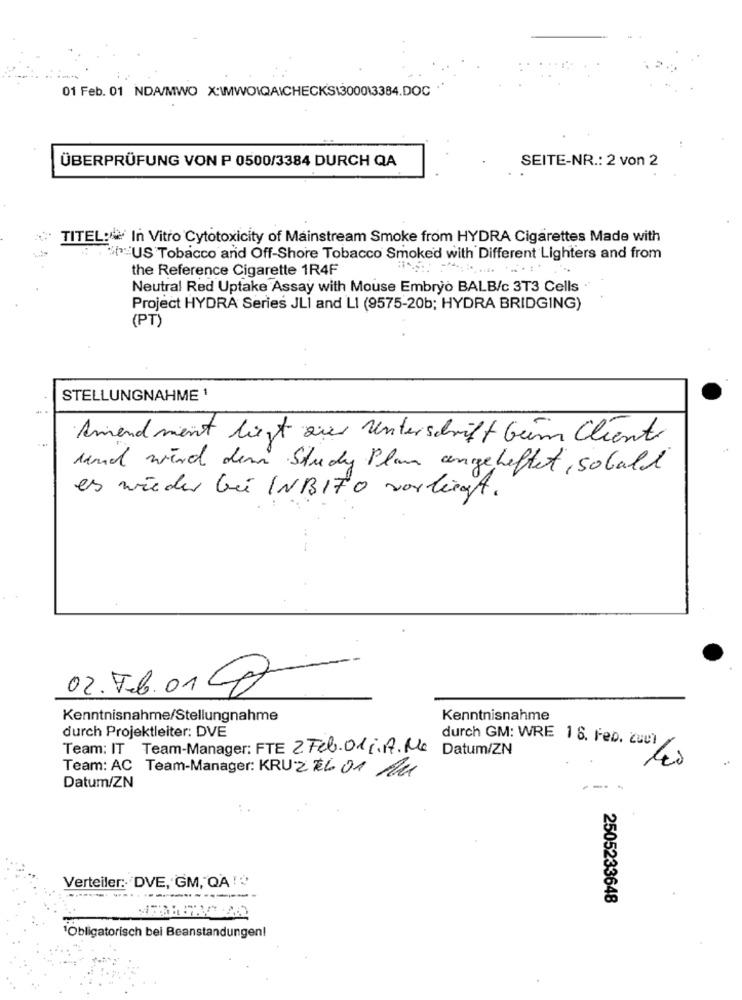
01 Feb. 01 NDA/MWO X:\MIWOIQAICHECKS13000\3384.DOC
ÜBERPRÜFUNG VON P 0500/3384 DURCH QA
SEITE-NR .: 2 von 2
TITEL: In Vitro Cytotoxicity of Mainstream Smoke from HYDRA Cigarettes Made with
US Tobacco and Off-Shore Tobacco Smoked with Different Lighters and from
the Reference Cigarette 1R4F
Neutral Red Uptake Assay with Mouse Embryo BALB/c 3T3 Cells ·
Project HYDRA Series JLI and LI (9575-20b; HYDRA BRIDGING)
(PT)
STELLUNGNAHME 1
Amendment liegt zur Unterschrift beim Cliente
und wird den Study Plan angeheftet , sobalt
es wieder bei INBITO vorliegt.
02.T.6.018
Kenntnisnahme/Stellungnahme
Kenntnisnahme
durch Projektleiter: DVE
Team: IT Team-Manager: FTE 2 Feb. 01 j. A.Me Datum/ZN
durch GM: WRE 18. Feb. cuci
Team: AC Team-Manager: KRUZ EL 01 /4
Datum/ZN
Verteiler: DVE, GM, QA ! ?
2505233648
1Obligatorisch bei Beanstandungen!